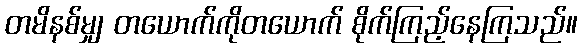
တမိနစ်မျှ တယောက်ကိုတယောက် စိုက်ကြည့်နေကြသည်။